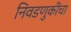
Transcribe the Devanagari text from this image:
निवडणुकींचा